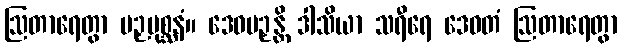
ဩတာရေတွာ ပဉှပုစ္ဆနံ။ ဒေဝပဉှန္တိ ဒါသိယာ သရီရေ ဒေဝတံ ဩတာရေတွာ